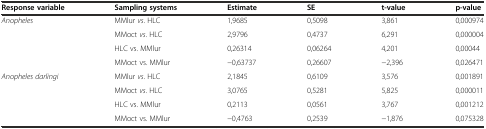
| Response variable | Sampling systems | Estimate | SE | t-value | p-value |
 | --- | --- | --- | --- | --- | --- |
 | Anopheles | MMlur vs. HLC | 1,9685 | 0,5098 | 3,861 | 0,000974 |
 |  | MMoct vs. HLC | 2,9796 | 0,4737 | 6,291 | 0,000004 |
 |  | HLC vs. MMlur | 0,26314 | 0,06264 | 4,201 | 0,00044 |
 |  | MMoct vs. MMlur | -0,63737 | 0,26607 | -2,396 | 0,026471 |
 | Anopheles darlingi | MMlur vs. HLC | 2,1845 | 0,6109 | 3,576 | 0,001891 |
 |  | MMoct vs. HLC | 3,0765 | 0,5281 | 5,825 | 0,000011 |
 |  | HLC vs. MMlur | 0,2113 | 0,0561 | 3,767 | 0,001212 |
 |  | MMoct vs. MMlur | -0,4763 | 0,2539 | -1,876 | 0,075328 |